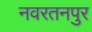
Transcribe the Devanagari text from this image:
नवरतनपुर